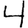
Digit: 4